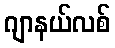
ဂျာနယ်လစ်